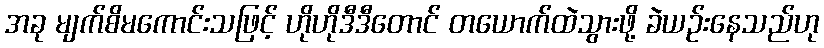
အခု မျက်စိမကောင်းသဖြင့် ဟိုဟိုဒီဒီတောင် တယောက်ထဲသွားဖို့ ခဲယဉ်းနေသည်ဟု